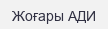
Жоғары АДИ